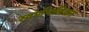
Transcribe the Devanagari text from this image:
स्वर्णपत्रिका